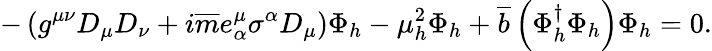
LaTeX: -\left(g^{\mu\nu}D_{\mu}D_{\nu}+i\overline{{{m}}}e_{\alpha}^{\mu}\sigma^{\alpha}D_{\mu}\right)\Phi_{h}-\mu_{h}^{2}\Phi_{h}+\overline{{{b}}}\left(\Phi_{h}^{\dagger}\Phi_{h}\right)\Phi_{h}=0.